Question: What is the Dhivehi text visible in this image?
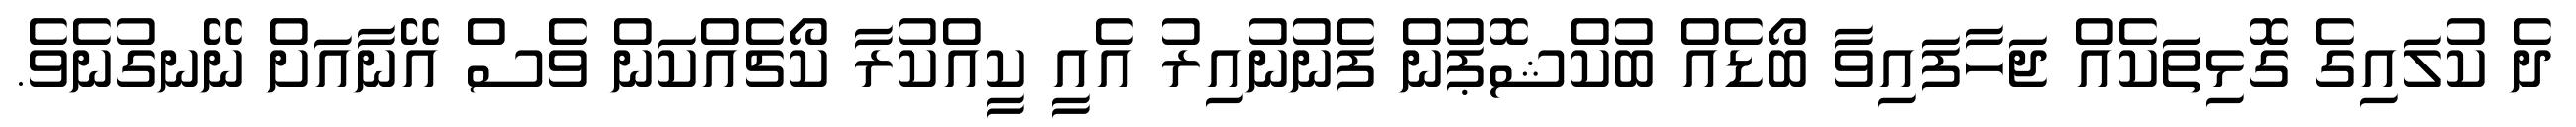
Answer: ދެ ކުލައިގެ ގޮޅިތަކެއް ޖަހާފައިވާ ބޯޑެއް ބުކްޝޮޕުން ފެނުނުއިރު އެއީ ކީއްކުރާ ކޯޗެއްކަން ވެސް އޭނާއަށް ނޭނގުނެވެ.